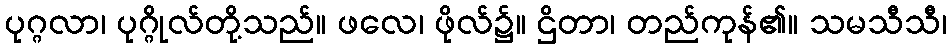
ပုဂ္ဂလာ၊ ပုဂ္ဂိုလ်တို့သည်။ ဖလေ၊ ဖိုလ်၌။ ဌိတာ၊ တည်ကုန်၏။ သမသီသီ၊